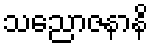
သညောဇနာနိ